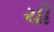
ચી